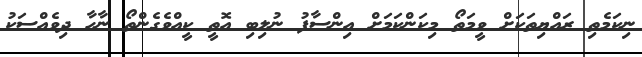
ނިކަމެތި ރައްޔިތަކަށް ވީމަތޯ މިކަންކަމަށް އިންސާފު ނުލިބި އޮތީ ކީއްވެގެންތޯ ނާހާ ދިވެއްސަކު